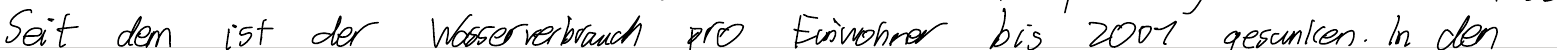
Seit dem ist der Wasserverbrauch pro Einwohner bis 2001 gesunken. In den